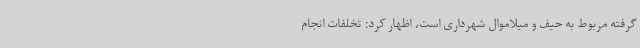
گرفته مربوط به حیف و میلاموال شهرداری است، اظهار کرد: تخلفات انجام